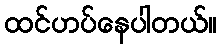
ထင်ဟပ်နေပါတယ်။